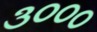
૩૦૦૦